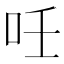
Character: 𠰃